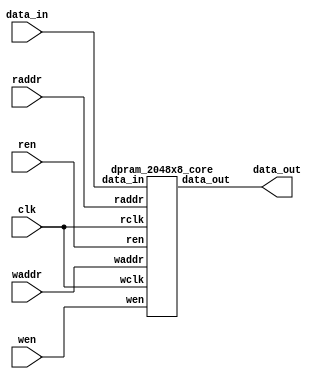
//-----------------------------------------------------
// Design Name : dpram_2048x8
// Function    : Dual port RAM 2048 x 8bit 
// Coder       : Xifan Tang
//-----------------------------------------------------

module dpram_2048x8 (
  input clk,
  input wen,
  input ren,
  input[0:10] waddr,
  input[0:10] raddr,
  input[0:7] data_in,
  output[0:7] data_out );

    dpram_2048x8_core memory_0 (
      .wclk    (clk),
      .wen    (wen),
      .waddr    (waddr),
      .data_in  (data_in),
      .rclk    (clk),
      .ren    (ren),
      .raddr    (raddr),
      .data_out    (data_out) );

endmodule

//-----------------------------------------------------
// Design Name : dpram_2048x8_core
// Function    : Core module of dual port RAM 2048 addresses x 8 bit
// Coder       : Xifan tang
//-----------------------------------------------------
module dpram_2048x8_core (
  input wclk,
  input wen,
  input[0:10] waddr,
  input[0:7] data_in,
  input rclk,
  input ren,
  input[0:10] raddr,
  output[0:7] data_out );

  reg[0:7] ram[0:2047];
  reg[0:7] internal;

  assign data_out = internal;

  always @(posedge wclk) begin
    if(wen) begin
      ram[waddr] <= data_in;
    end
  end

  always @(posedge rclk) begin
    if(ren) begin
      internal <= ram[raddr];
    end
  end

endmodule